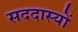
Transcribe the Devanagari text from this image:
सददास्यों